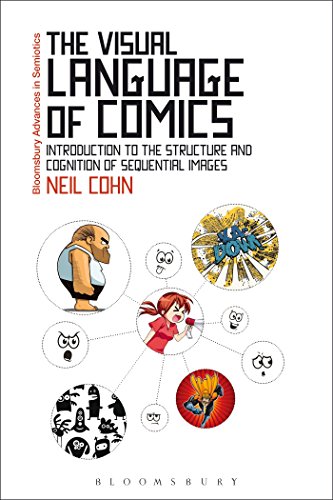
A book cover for The Visual Language of Comics: Introduction to the Structure and Cognition of Sequential Images. (Bloomsbury Advances in Semiotics); Neil Cohn; Reference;